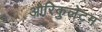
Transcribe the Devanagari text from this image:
औरिकुलेटम